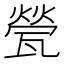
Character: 甇